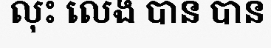
លុះ លេង បាន បាន